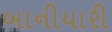
બાનીયારી